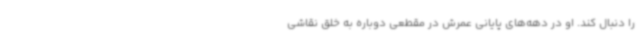
را دنبال کند. او در دهه‌های پایانی عمرش در مقطعی دوباره به خلق نقاشی